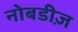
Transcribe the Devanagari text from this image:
नोबडीज़